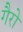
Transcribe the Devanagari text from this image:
गैरो